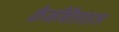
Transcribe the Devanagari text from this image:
केनीबैलाइज्ड